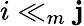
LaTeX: i\ll_{m}\mathbf{j}